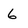
Character: 6